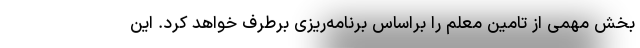
بخش مهمی از تامین معلم را براساس برنامه‌ریزی برطرف خواهد کرد. این